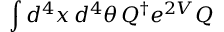
\int d ^ { 4 } x \, d ^ { 4 } \theta \, Q ^ { \dagger } e ^ { 2 V } Q